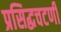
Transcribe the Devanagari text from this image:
प्रसिद्धचटणी